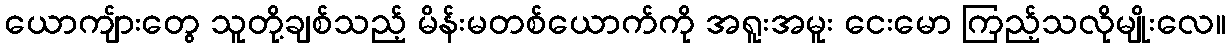
ယောကျ်ားတွေ သူတို့ချစ်သည့် မိန်းမတစ်ယောက်ကို အရူးအမူး ငေးမော ကြည့်သလိုမျိုးလေ။